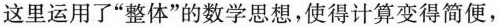
这里运用了”整体”的数学思想，使得计算变得简便,